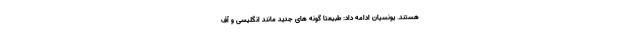
هستند. یونسیان ادامه داد: طبیعتا گونه های جدید مانند انگلیسی و آف